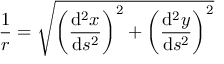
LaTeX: { \frac { 1 } { r } } = { \sqrt { \left( { \frac { \mathrm { d } ^ { 2 } x } { \mathrm { d } s ^ { 2 } } } \right) ^ { 2 } + \left( { \frac { \mathrm { d } ^ { 2 } y } { \mathrm { d } s ^ { 2 } } } \right) ^ { 2 } } }